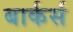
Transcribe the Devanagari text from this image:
बार्कर्स